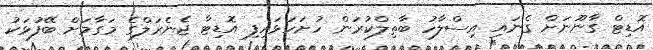
އޮޑިޓް ގާނޫނަށް ގެނައި އިސްލާހު ބާތިލްކުރަން ހުށަހަޅައިފި އޮޑިޓާ ޖެނެރަލްގެ މަގާމަށް ބޭފުޅަކު